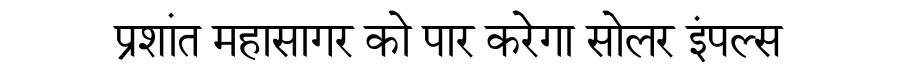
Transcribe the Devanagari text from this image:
प्रशांत महासागर को पार करेगा सोलर इंपल्स